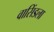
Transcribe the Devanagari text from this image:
वासिंडला